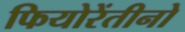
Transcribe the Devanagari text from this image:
फियोरेंतीनो